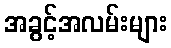
အခွင့်အလမ်းများ